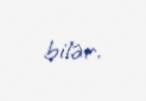
bilər.